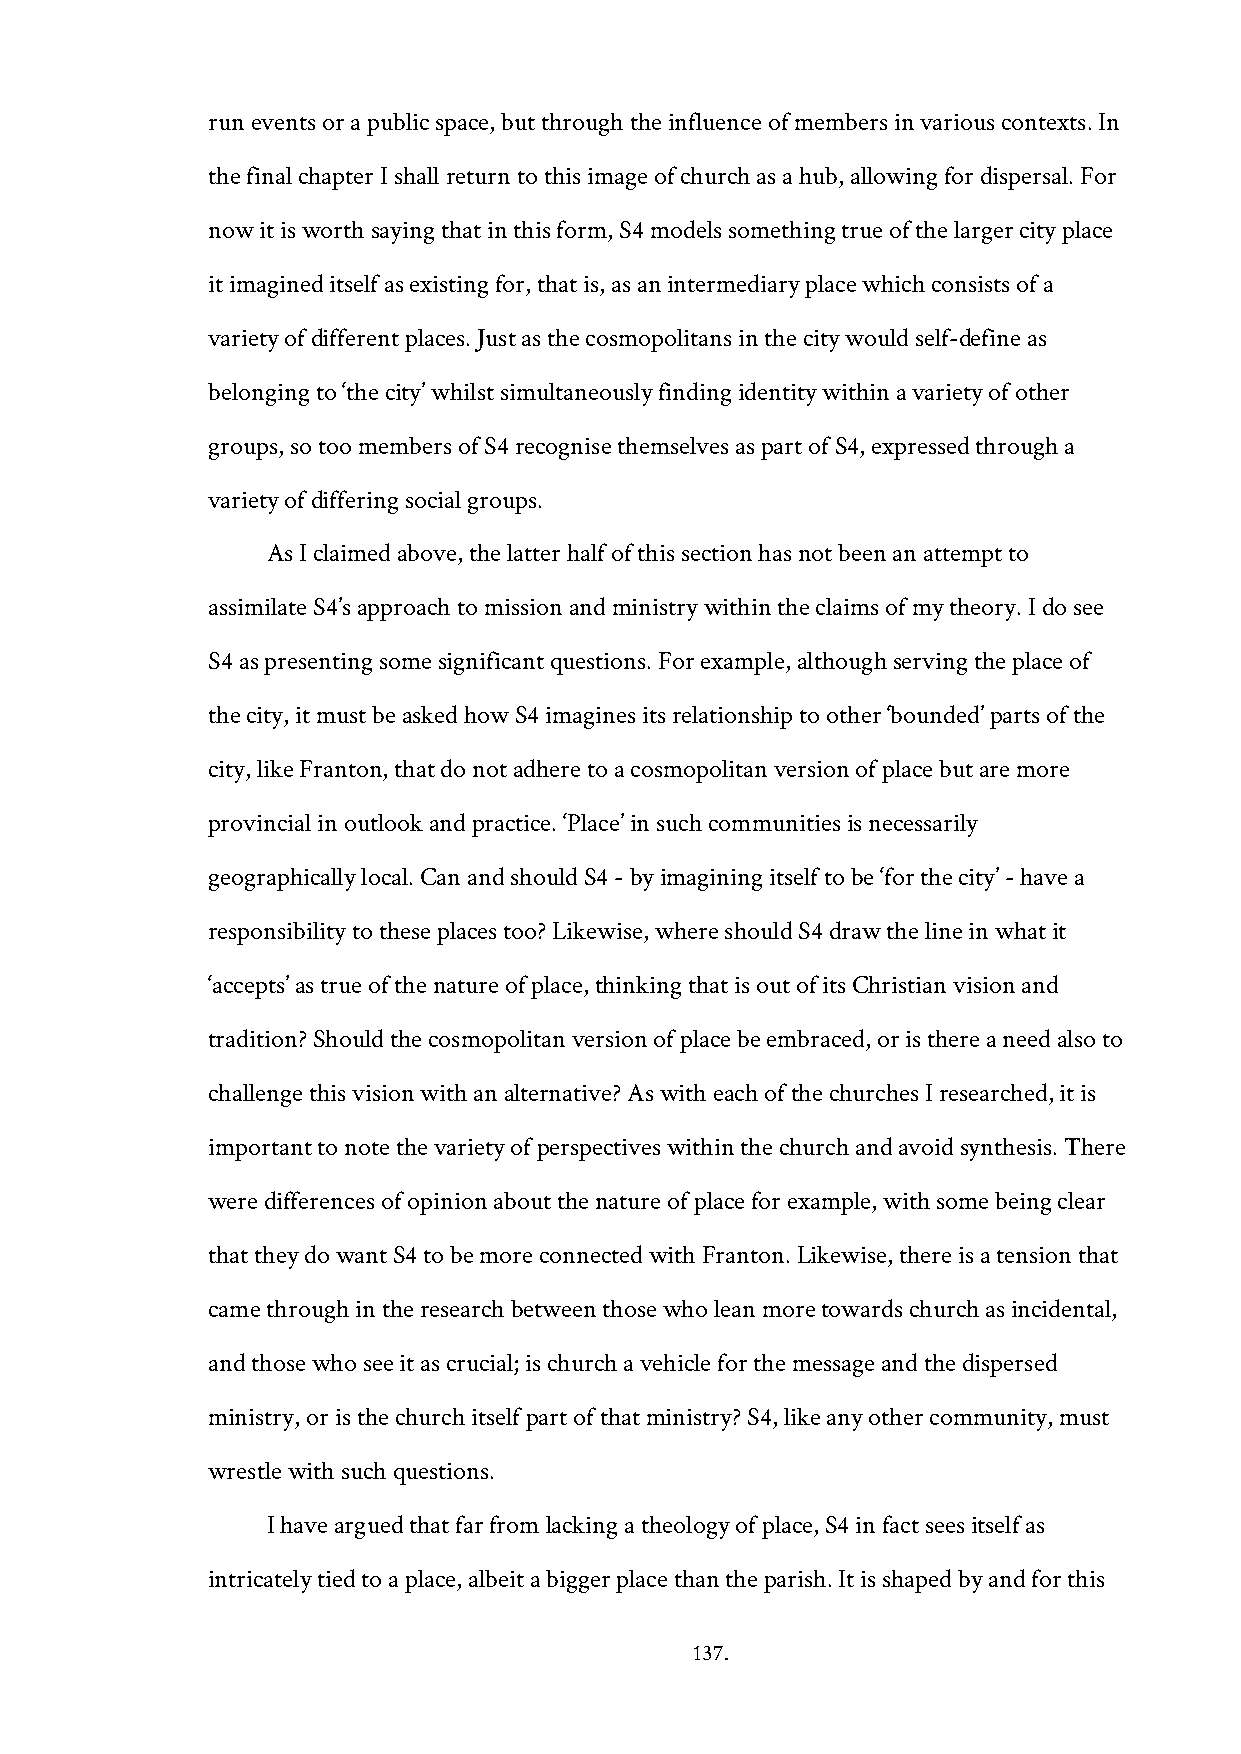
run events or a public space, but through the influence of members in various contexts. In
 the final chapter I shall return to this image of church as a hub, allowing for dispersal. For
 now it is worth saying that in this form, S4 models something true of the larger city place
 it imagined itself as existing for, that is, as an intermediary place which consists of a
 variety of different places. Just as the cosmopolitans in the city would self-define as
 belonging to ‘the city’ whilst simultaneously finding identity within a variety of other
 groups, so too members of S4 recognise themselves as part of S4, expressed through a
 variety of differing social groups.
 As I claimed above, the latter half of this section has not been an attempt to
 assimilate S4’s approach to mission and ministry within the claims of my theory. I do see
 S4 as presenting some significant questions. For example, although serving the place of
 the city, it must be asked how S4 imagines its relationship to other ‘bounded’ parts of the
 city, like Franton, that do not adhere to a cosmopolitan version of place but are more
 provincial in outlook and practice. ‘Place’ in such communities is necessarily
 geographically local. Can and should S4 - by imagining itself to be ‘for the city’ - have a
 responsibility to these places too? Likewise, where should S4 draw the line in what it
 ‘accepts’ as true of the nature of place, thinking that is out of its Christian vision and
 tradition? Should the cosmopolitan version of place be embraced, or is there a need also to
 challenge this vision with an alternative? As with each of the churches I researched, it is
 important to note the variety of perspectives within the church and avoid synthesis. There
 were differences of opinion about the nature of place for example, with some being clear
 that they do want S4 to be more connected with Franton. Likewise, there is a tension that
 came through in the research between those who lean more towards church as incidental,
 and those who see it as crucial; is church a vehicle for the message and the dispersed
 ministry, or is the church itself part of that ministry? S4, like any other community, must
 wrestle with such questions.
 I have argued that far from lacking a theology of place, S4 in fact sees itself as
 intricately tied to a place, albeit a bigger place than the parish. It is shaped by and for this
 137.